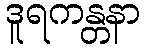
ဒူရကန္တနာ